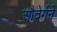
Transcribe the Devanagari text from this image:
औवेर्गने